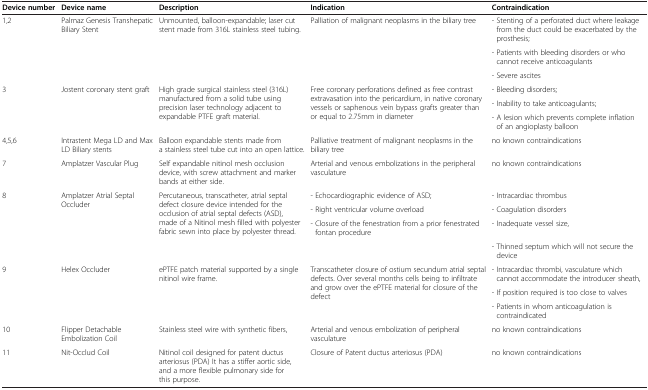
| Device number | Device name | Description | Indication | Contraindication |
 | --- | --- | --- | --- | --- |
 | <ROWSPAN=3> 1,2 | <ROWSPAN=3> Palmaz Genesis Transhepatic Biliary Stent | <ROWSPAN=3> Unmounted, balloon-expandable; laser cut stent made from 316L stainless steel tubing. | <ROWSPAN=3> Palliation of malignant neoplasms in the biliary tree | - Stenting of a perforated duct where leakage from the duct could be exacerbated by the prosthesis; |
 | - Patients with bleeding disorders or who cannot receive anticoagulants |
 | - Severe ascites |
 | <ROWSPAN=3> 3 | <ROWSPAN=3> Jostent coronary stent graft | <ROWSPAN=3> High grade surgical stainless steel (316L) manufactured from a solid tube using precision laser technology adjacent to expandable PTFE graft material. | <ROWSPAN=3> Free coronary perforations defined as free contrast extravasation into the pericardium, in native coronary vessels or saphenous vein bypass grafts greater than or equal to 2.75mm in diameter | - Bleeding disorders; |
 | - Inability to take anticoagulants; |
 | - A lesion which prevents complete inflation of an angioplasty balloon |
 | 4,5,6 | Intrastent Mega LD and Max LD Biliary stents | Balloon expandable stents made from a stainless steel tube cut into an open lattice. | Palliative treatment of malignant neoplasms in the biliary tree | no known contraindications |
 | 7 | Amplatzer Vascular Plug | Self expandable nitinol mesh occlusion device, with screw attachment and marker bands at either side. | Arterial and venous embolizations in the peripheral vasculature | no known contraindications |
 | <ROWSPAN=4> 8 | <ROWSPAN=4> Amplatzer Atrial Septal Occluder | <ROWSPAN=4> Percutaneous, transcatheter, atrial septal defect closure device intended for the occlusion of atrial septal defects (ASD), made of a Nitinol mesh filled with polyester fabric sewn into place by polyester thread. | - Echocardiographic evidence of ASD; | - Intracardiac thrombus |
 | - Right ventricular volume overload | - Coagulation disorders |
 | - Closure of the fenestration from a prior fenestrated fontan procedure | - Inadequate vessel size, |
 |  | - Thinned septum which will not secure the device |
 | <ROWSPAN=3> 9 | <ROWSPAN=3> Helex Occluder | <ROWSPAN=3> ePTFE patch material supported by a single nitinol wire frame. | <ROWSPAN=3> Transcatheter closure of ostium secundum atrial septal defects. Over several months cells being to infiltrate and grow over the ePTFE material for closure of the defect | - Intracardiac thrombi, vasculature which cannot accommodate the introducer sheath, |
 | - If position required is too close to valves |
 | - Patients in whom anticoagulation is contraindicated |
 | 10 | Flipper Detachable Embolization Coil | Stainless steel wire with synthetic fibers, | Arterial and venous embolization of peripheral vasculature | no known contraindications |
 | 11 | Nit-Occlud Coil | Nitinol coil designed for patent ductus arteriosus (PDA) It has a stiffer aortic side, and a more flexible pulmonary side for this purpose. | Closure of Patent ductus arteriosus (PDA) | no known contraindications |